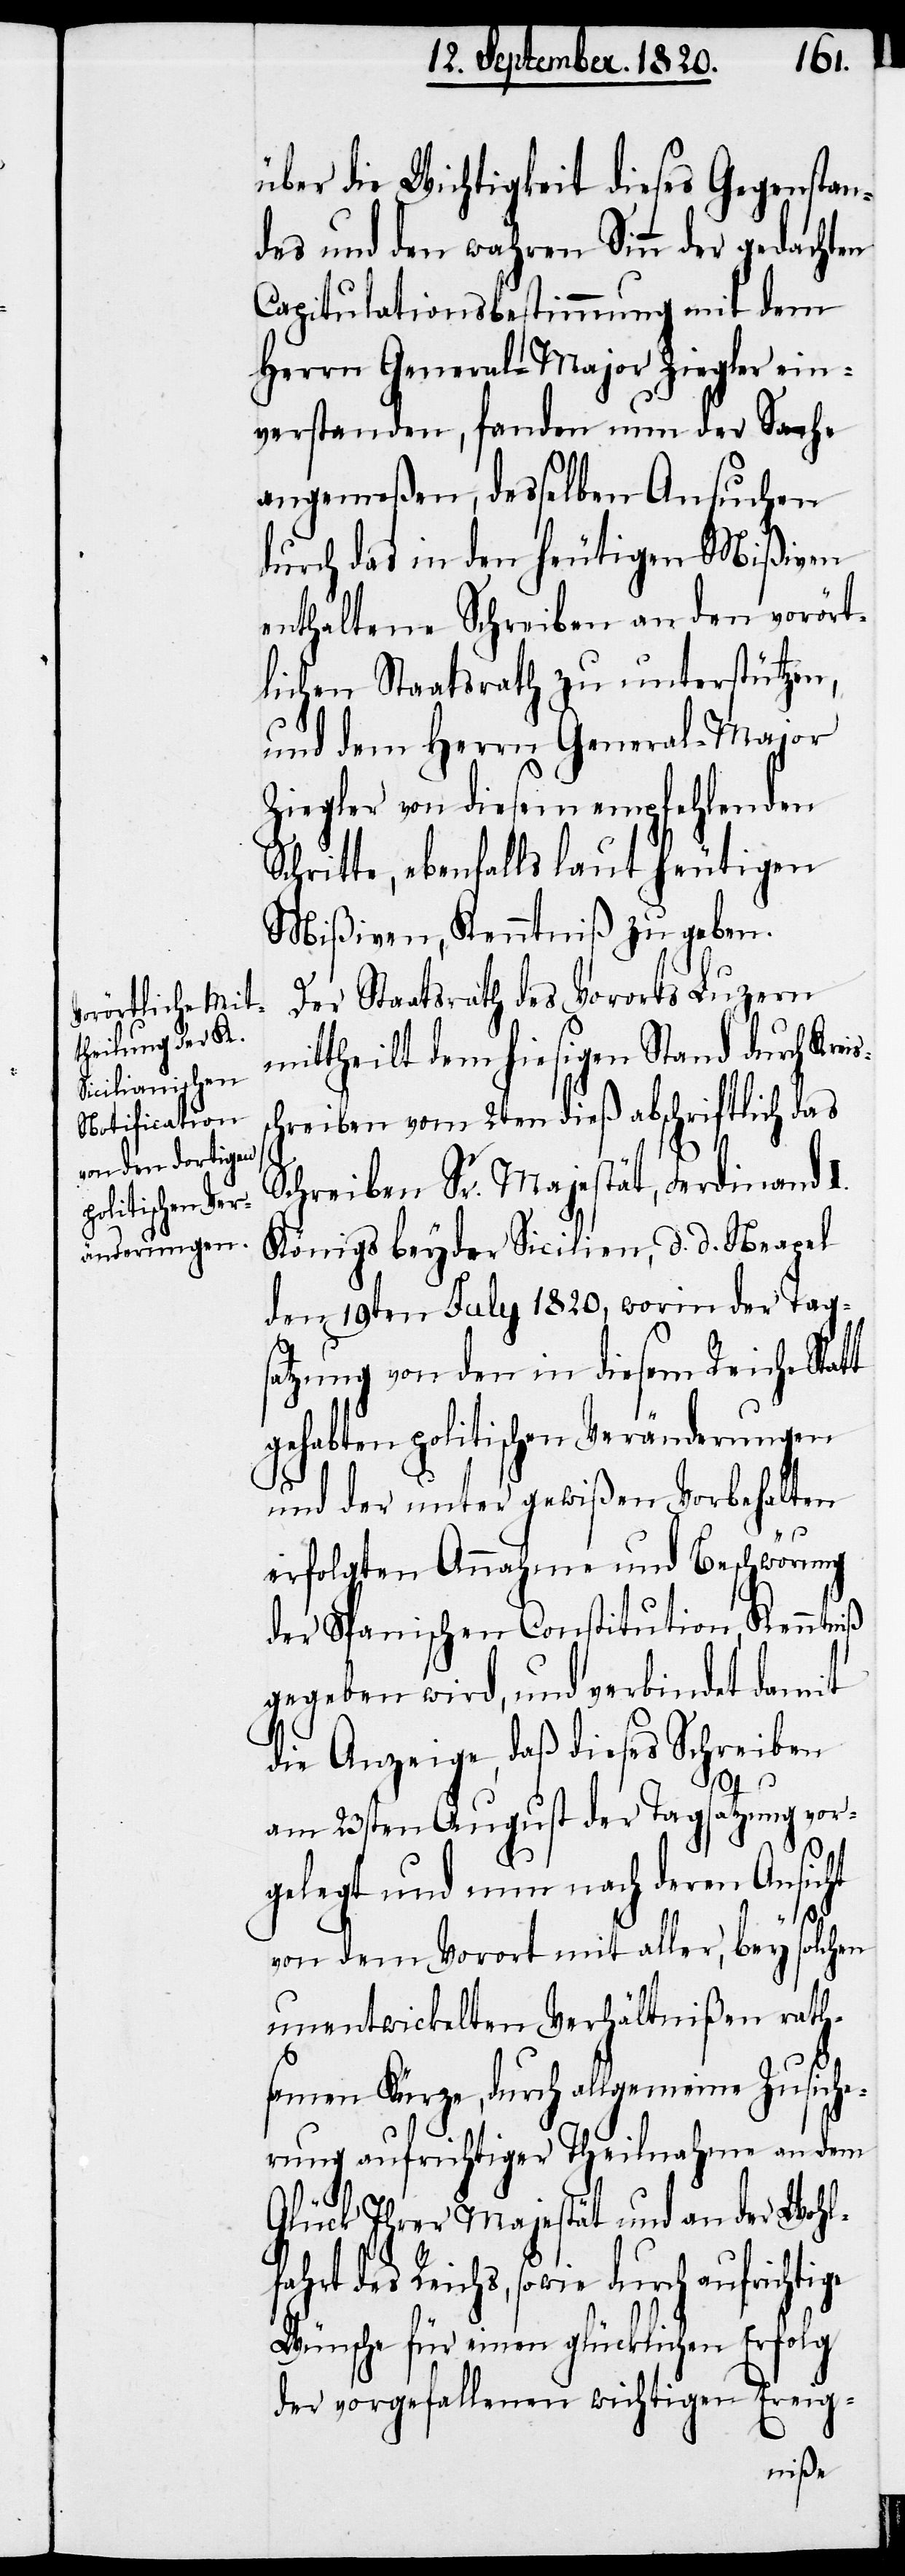
über die Wichtigkeit dieses Gegenstan¬
des und den wahren Sinn der gedachten
Capitulationsbestimmung mit dem
Herrn General-Major Ziegler ein¬
verstanden, fanden um der Sache
angemeßen, desselben Ansuchen
durch das in den heutigen Mißiven
enthaltene Schreiben an den vorört¬
lichen Staatsrath zu unterstützen,
und dem Herrn General-Major
Ziegler von diesem empfehlenden
Schritte, ebenfalls laut heutigen
Mißiven, Kenntniß zu geben.
Der Staatsrath des Vororts Luzern
mittheilt dem hiesigen Stand durch Kr¬
chreiben vom 2ten dieß abschriftlich das
t
Schreiben Sr. Majestät, Ferdinand
Königs beyder Sicilien, d. d. Neapel
den 19ten July 1820. worin der Tag¬
satzung von den in diesem Reiche Stat¬
gehabten politischen Veränderungen
und der unter gewißen Vorbehalten
eiss¬
erfolgten Annahme und Beschwörung
der Spanischen Constitution Kenntniß
gegeben wird, und verbindet damit
die Anzeige, daß dieses Schreiben
am 23sten August der Tagsatzung vor¬
gelegt und nun nach deren Ansicht
von dem Vorort mit aller, bey solchen
unterwickelten Verhältnißen rath¬
samen Kürze, durch allgemeine Zusiche¬
rung aufrichtiger Theilnahme an dem
Glück Ihrer Majestät und an der Wohl¬
fahrt des Reichs, sowie durch aufrichtige
Wünsche für einen glücklichen Erfolg
der vorgefallenen wichtigen Ereig-